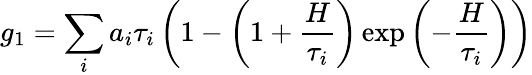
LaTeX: g_{1}=\sum_{i}a_{i}\tau_{i}\left(1-\left(1+\frac{H}{\tau_{i}}\right)\exp\left(-\frac{H}{\tau_{i}}\right)\right)